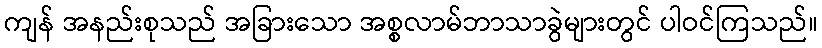
ကျန် အနည်းစုသည် အခြားသော အစ္စလာမ်ဘာသာခွဲများတွင် ပါဝင်ကြသည်။